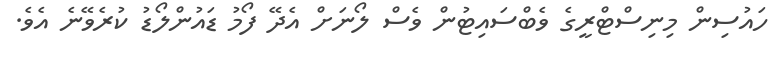
ހައުސިން މިނިސްޓްރީގެ ވެބްސައިޓުން ވެސް ލޯނަށް އެދޭ ފޯމު ޑައުންލޯޑު ކުރެވޭނެ އެވެ.